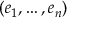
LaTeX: ( e _ { 1 } , \dots , e _ { n } )